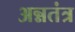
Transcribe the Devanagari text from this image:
अन्नतंत्र